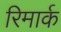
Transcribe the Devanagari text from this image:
रिमार्क